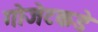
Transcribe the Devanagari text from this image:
गोजेटकडे